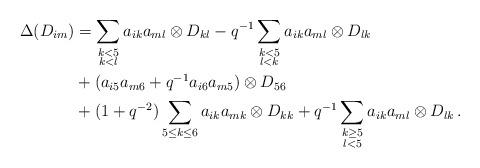
LaTeX: \begin{align*}\Delta(D_{im})&=\sum_{\substack{k<5 \\ k<l}} a_{ik}a_{ml} \otimes D_{kl} -q^{-1}\sum_{\substack{k<5 \\ l<k}} a_{ik}a_{ml} \otimes D_{lk}\\& + (a_{i5}a_{m6}+q^{-1}a_{i6}a_{m5}) \otimes D_{56}\\& + (1+q^{-2})\sum_{5\leq k \leq 6} a_{ik}a_{mk} \otimes D_{kk}+q^{-1} \sum_{\substack{k\geq5 \\ l<5}} a_{ik}a_{ml} \otimes D_{lk}\,.\end{align*}